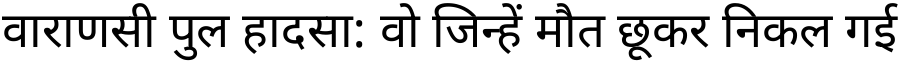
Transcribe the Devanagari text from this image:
वाराणसी पुल हादसा: वो जिन्हें मौत छूकर निकल गई